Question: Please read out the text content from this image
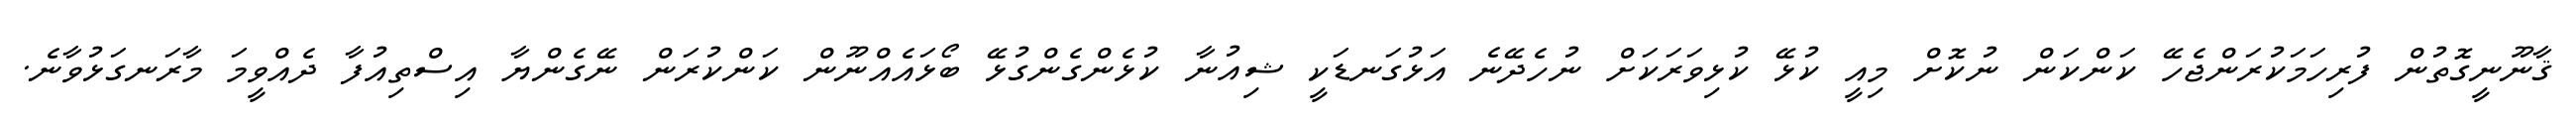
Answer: ޤާނޫނީގޮތުން ފުރިހަމަކުރަންޖެހޭ ކަންކަން ނުކޮށް މިއީ ކުޅޭ ކުޅިވަރަކަށް ނުހެދޭނެ އަޅުގަނޑަކީ ޝިއުނާ ކުޅެންގެންގުޅޭ ބޯޅައެއްނޫން ކަންކުރަން ނޭގެންޔާ އިސްތިއުފާ ދެއްވީމަ މާރަނގަޅުވާނެ.